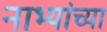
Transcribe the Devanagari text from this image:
नाभ्यांच्या